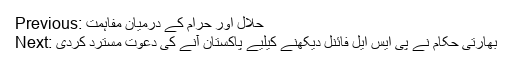
Previous: حلال اور حرام کے درمیان مفاہمت
Next: بھارتی حکام نے پی ایس ایل فائنل دیکھنے کیلیے پاکستان آنے کی دعوت مسترد کردی